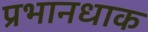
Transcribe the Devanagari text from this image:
प्रभानधाक